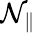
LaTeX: \mathcal{N}_{\parallel}